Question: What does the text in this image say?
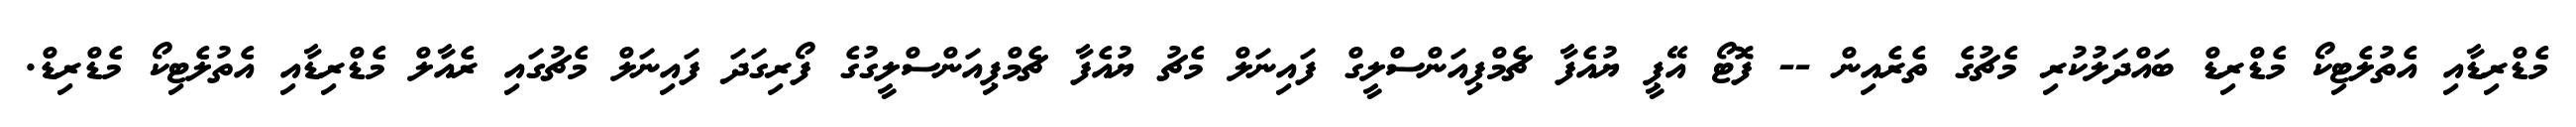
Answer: މެޑްރިޑާއި އެތުލެޓިކޯ މެޑްރިޑް ބައްދަލުކުރި މެޗުގެ ތެރެއިން -- ފޮޓޯ އޭޕީ ޔުއެފާ ޗެމްޕިއަންސްލީގް ފައިނަލް މެޗު ޔުއެފާ ޗެމްޕިއަންސްލީގުގެ ފޯރިގަދަ ފައިނަލް މެޗުގައި ރެއާލް މެޑްރިޑާއި އެތުލެޓިކޯ މެޑްރިޑް.